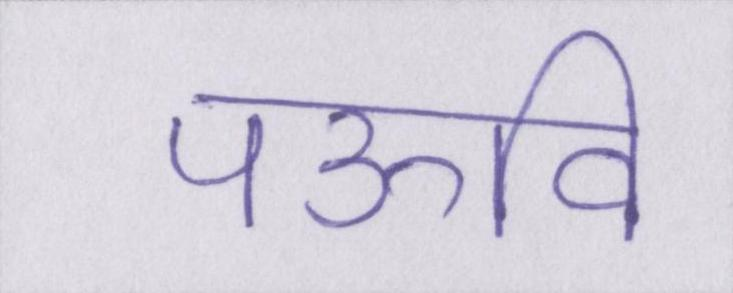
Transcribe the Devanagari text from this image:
पऊवि